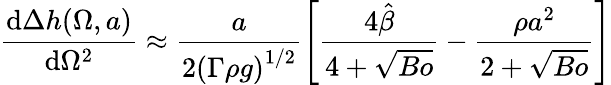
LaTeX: \frac{\textrm{d}\Delta{h}(\Omega,a)}{\textrm{d}\Omega^{2}}\approx\frac{a}{2\left(\Gamma\rho{g}\right)^{1/2}}\left[\frac{4\hat{\beta}}{4+\sqrt{Bo}}-\frac{\rho{a}^{2}}{2+\sqrt{Bo}}\right]